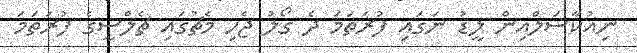
ނިއުކާސަލްއިން ލީޑު ނަގައި ފުރަތަމަ ދެ ގޯލު ޖެހި މެޗުގައި ޗެލްސީގެ ފުރަތަމަ